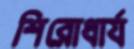
শিরোধার্য